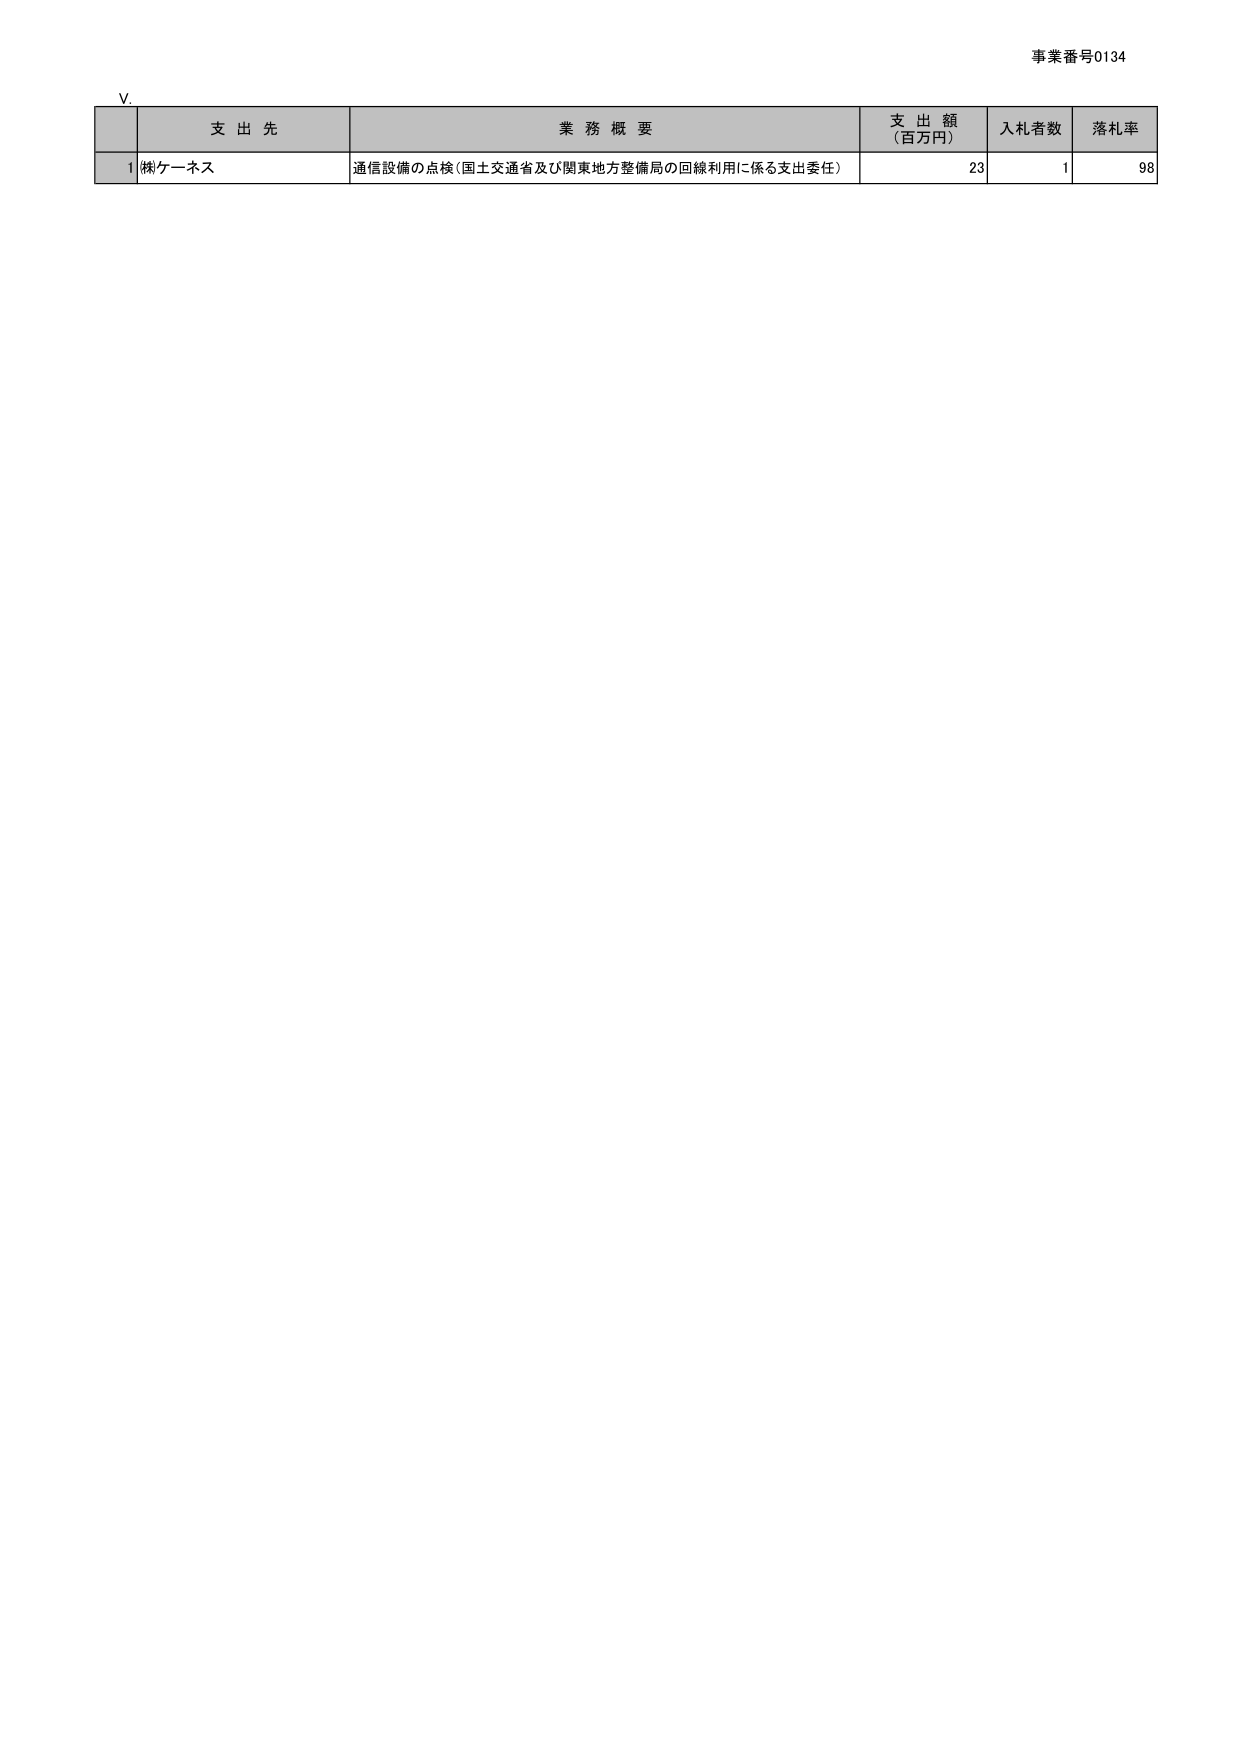
事業番号0134
V.
支出先 業務概要 支出額（百万円） 入札者数 落札率
1 (株)ケーネス 通信設備の点検（国土交通省及び関東地方整備局の回線利用に係る支出委任） 23 1 98